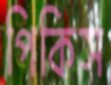
পিকিস